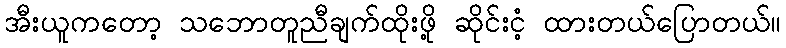
အီးယူကတော့ သဘောတူညီချက်ထိုးဖို့ ဆိုင်းငံ့ ထားတယ်ပြောတယ်။